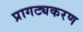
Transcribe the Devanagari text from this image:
प्रागट्यकरण